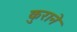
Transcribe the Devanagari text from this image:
कुराने